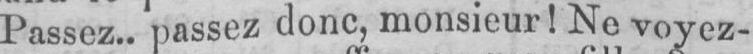
Passez.. passez donc, monsieur! Ne voyez-